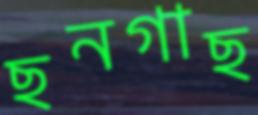
ছনগাছ